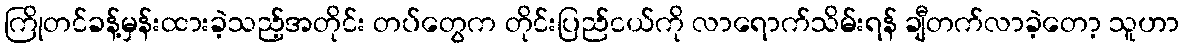
ကြိုတင်ခန့်မှန်းထားခဲ့သည့်အတိုင်း တပ်တွေက တိုင်းပြည်ငယ်ကို လာရောက်သိမ်းရန် ချီတက်လာခဲ့တော့ သူဟာ